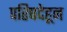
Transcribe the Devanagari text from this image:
परिषदेहून